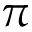
\pi